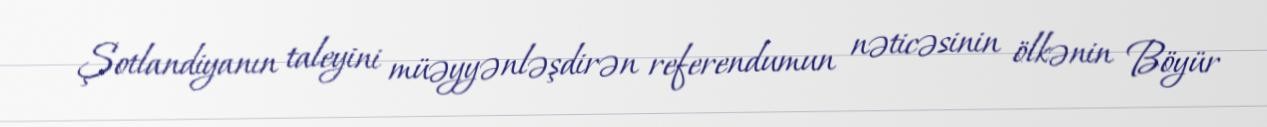
Şotlandiyanın taleyini müəyyənləşdirən referendumun nəticəsinin ölkənin Böyür